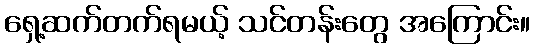
ရှေ့ဆက်တက်ရမယ့် သင်တန်းတွေ အကြောင်း။